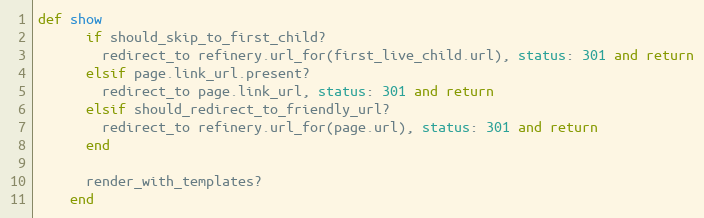
Language: Ruby
def show
      if should_skip_to_first_child?
        redirect_to refinery.url_for(first_live_child.url), status: 301 and return
      elsif page.link_url.present?
        redirect_to page.link_url, status: 301 and return
      elsif should_redirect_to_friendly_url?
        redirect_to refinery.url_for(page.url), status: 301 and return
      end

      render_with_templates?
    end